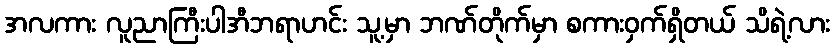
အလကား လူညာကြီးပါအီဘရာဟင်း သူ့မှာ ဘဏ်တိုက်မှာ စကားဝှက်ရှိတယ် သိရဲ့လား